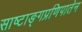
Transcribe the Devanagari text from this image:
साष्टाङ्गप्रणिपातेन